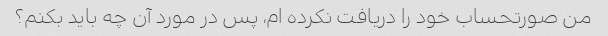
من صورتحساب خود را دریافت نکرده ام، پس در مورد آن چه باید بکنم؟